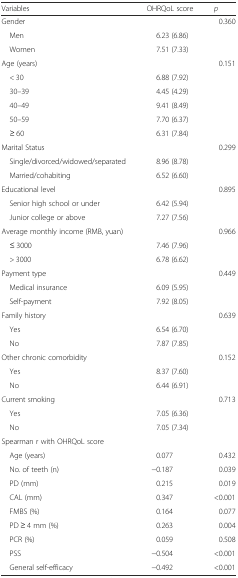
| Variables | OHRQoL score | p |
 | --- | --- | --- |
 | Gender |  | <ROWSPAN=3> 0.360 |
 | Men | 6.23 (6.86) |
 | Women | 7.51 (7.33) |
 | Age (years) |  | <ROWSPAN=6> 0.151 |
 | < 30 | 6.88 (7.92) |
 | 30–39 | 4.45 (4.29) |
 | 40–49 | 9.41 (8.49) |
 | 50–59 | 7.70 (6.37) |
 | ≥ 60 | 6.31 (7.84) |
 | Marital Status |  | <ROWSPAN=3> 0.299 |
 | Single/divorced/widowed/separated | 8.96 (8.78) |
 | Married/cohabiting | 6.52 (6.60) |
 | Educational level |  | <ROWSPAN=3> 0.895 |
 | Senior high school or under | 6.42 (5.94) |
 | Junior college or above | 7.27 (7.56) |
 | Average monthly income (RMB, yuan) |  | <ROWSPAN=3> 0.966 |
 | ≤ 3000 | 7.46 (7.96) |
 | > 3000 | 6.78 (6.62) |
 | Payment type |  | <ROWSPAN=3> 0.449 |
 | Medical insurance | 6.09 (5.95) |
 | Self-payment | 7.92 (8.05) |
 | Family history |  | <ROWSPAN=3> 0.639 |
 | Yes | 6.54 (6.70) |
 | No | 7.87 (7.85) |
 | Other chronic comorbidity |  | <ROWSPAN=3> 0.152 |
 | Yes | 8.37 (7.60) |
 | No | 6.44 (6.91) |
 | Current smoking |  | <ROWSPAN=4> 0.713 |
 | Yes | 7.05 (6.36) |
 | No | 7.05 (7.34) |
 | Spearman r with OHRQoL score |  |
 | Age (years) | 0.077 | 0.432 |
 | No. of teeth (n) | −0.187 | 0.039 |
 | PD (mm) | 0.215 | 0.019 |
 | CAL (mm) | 0.347 | <0.001 |
 | FMBS (%) | 0.164 | 0.077 |
 | PD ≥ 4 mm (%) | 0.263 | 0.004 |
 | PCR (%) | 0.059 | 0.508 |
 | PSS | −0.504 | <0.001 |
 | General self-efficacy | −0.492 | <0.001 |